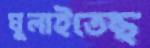
ঘুলাইতেছ